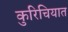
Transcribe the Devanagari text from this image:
कुरिचियात